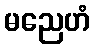
မညေဟံ